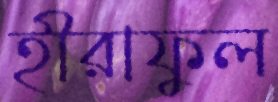
হীরাফুল